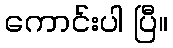
ကောင်းပါ ပြီ။